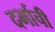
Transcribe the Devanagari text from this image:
दर्भाची